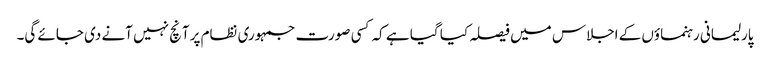
پارلیمانی رہنماؤں کے اجلاس میں فیصلہ کیا گیا ہے کہ کسی صورت جمہوری نظام پرآنچ نہیں آنے دی جائے گی۔